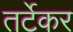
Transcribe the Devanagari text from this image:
तर्टेकर